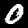
Label: 0